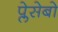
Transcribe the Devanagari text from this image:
प्लेसेबो